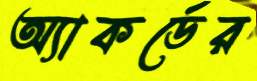
অ্যাকর্ডের